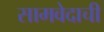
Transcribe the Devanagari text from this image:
सामवेदाची